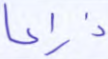
ذراعا